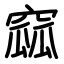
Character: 窳